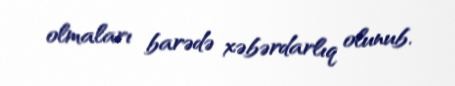
olmaları barədə xəbərdarlıq olunub.